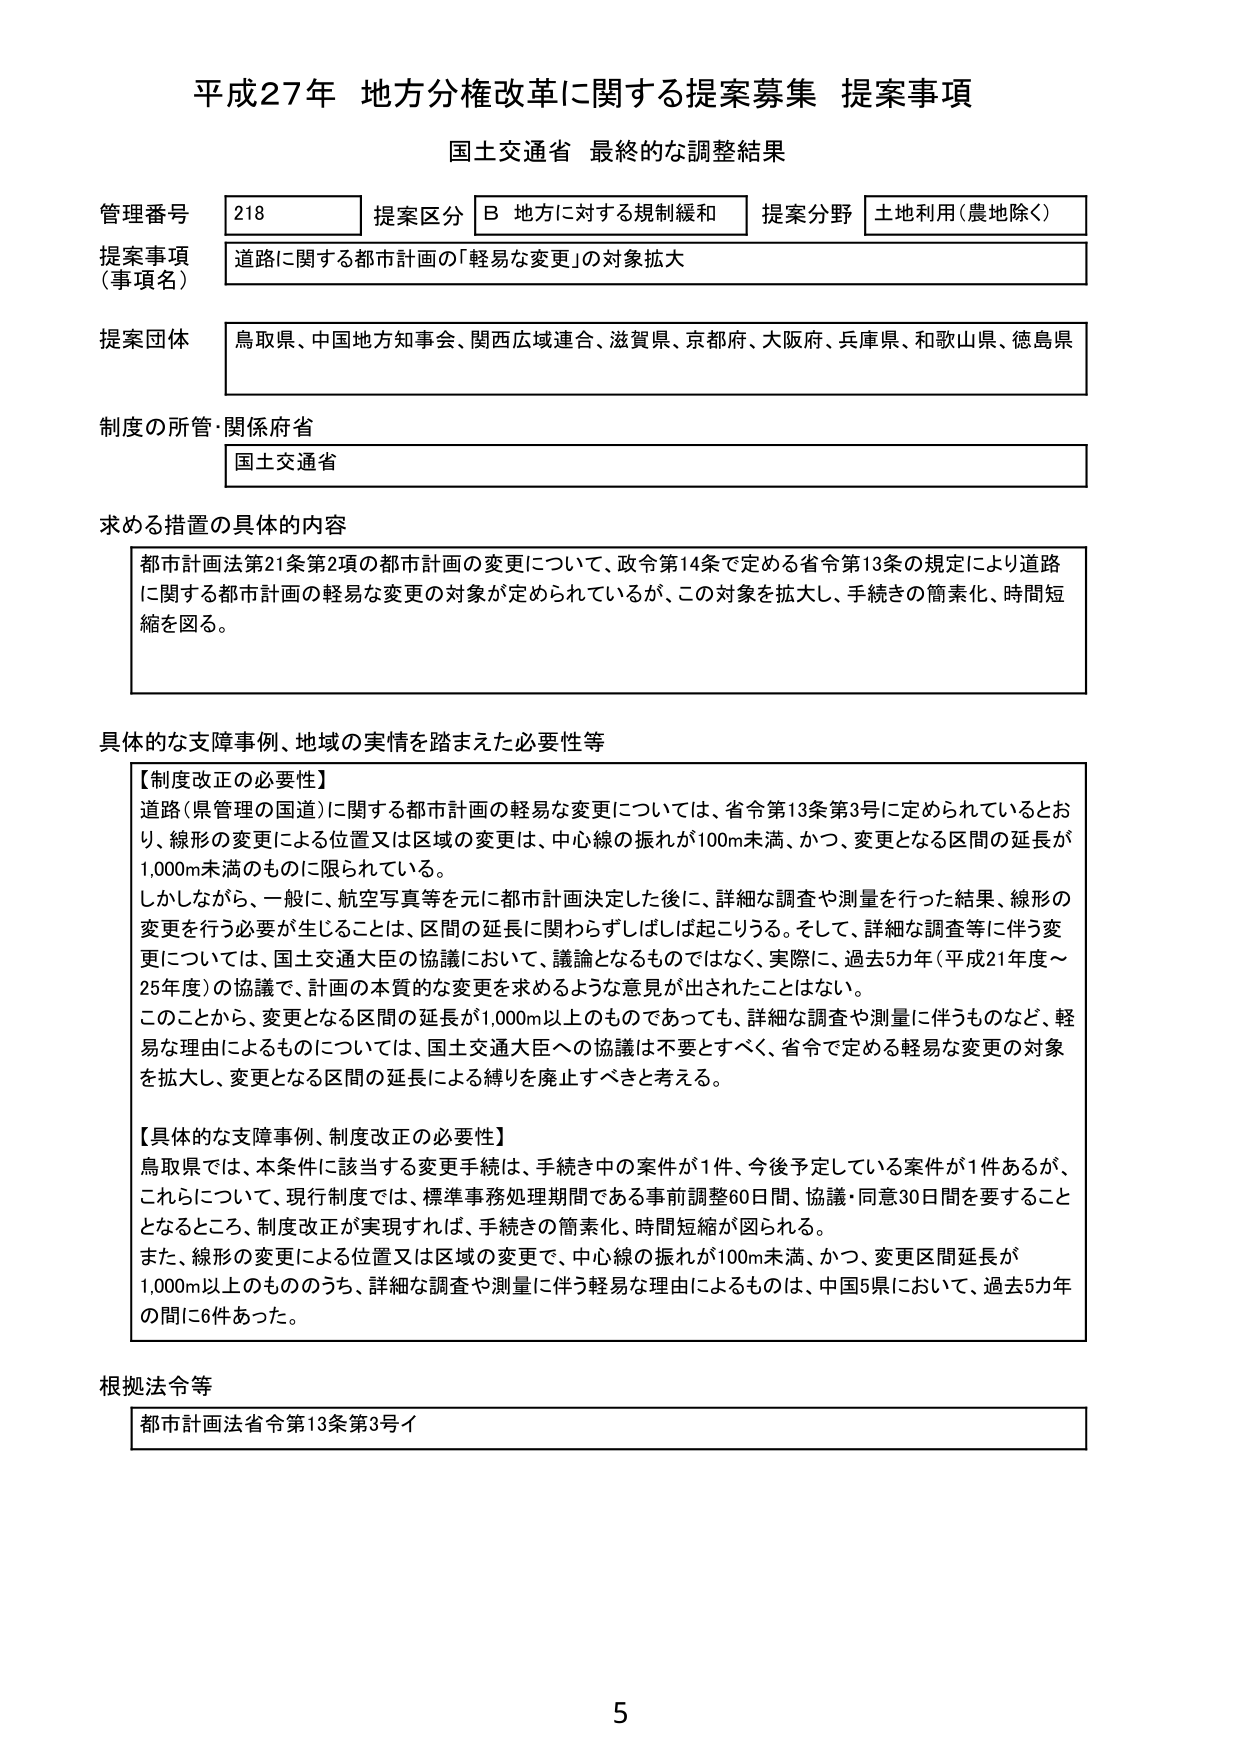
平成27年 地方分権改革に関する提案募集 提案事項
国土交通省 最終的な調整結果

管理番号 218 提案区分 B 地方に対する規制緩和 提案分野 土地利用（農地除く）
提案事項（事項名） 道路に関する都市計画の「軽易な変更」の対象拡大
提案団体 鳥取県、中国地方知事会、関西広域連合、滋賀県、京都府、大阪府、兵庫県、和歌山県、徳島県
制度の所管・関係府省 国土交通省

求める措置の具体的内容
都市計画法第21条第2項の都市計画の変更について、政令第14条で定める省令第13条の規定により道路に関する都市計画の軽易な変更の対象が定められているが、この対象を拡大し、手続きの簡素化、時間短縮を図る。

具体的な支障事例、地域の実情を踏まえた必要性等
【制度改正の必要性】
道路（県管理の国道）に関する都市計画の軽易な変更については、省令第13条第3号に定められているとおり、線形の変更による位置又は区域の変更は、中心線の振れが100m未満、かつ、変更となる区間の延長が1,000m未満のものに限られている。
しかしながら、一般に、航空写真等を元に都市計画決定した後に、詳細な調査や測量を行った結果、線形の変更を行う必要が生じることは、区間の延長に関わらずしばしば起こりうる。そして、詳細な調査等に伴う変更については、国土交通大臣の協議において、議論となるものではなく、実際に、過去5カ年（平成21年度～25年度）の協議で、計画の本質的な変更を求めるような意見が出されたことはない。
このことから、変更となる区間の延長が1,000m以上なものであっても、詳細な調査や測量に伴うものなど、軽易な理由によるものについては、国土交通大臣への協議は不要とすべく、省令で定める軽易な変更の対象を拡大し、変更となる区間の延長による縛りを廃止すべきと考える。

【具体的な支障事例、制度改正の必要性】
鳥取県では、本条件に該当する変更手続は、手続き中の案件が1件、今後予定している案件が1件あるが、これらについて、現行制度では、標準事務処理期間である事前調整60日間、協議・同意30日間を要することとなるところ、制度改正が実現すれば、手続きの簡素化、時間短縮が図られる。
また、線形の変更による位置又は区域の変更で、中心線の振れが100m未満、かつ、変更区間延長が1,000m以上もののうち、詳細な調査や測量に伴う軽易な理由によるものは、中国5県において、過去5カ年の間に6件あった。

根拠法令等
都市計画法省令第13条第3号イ

5